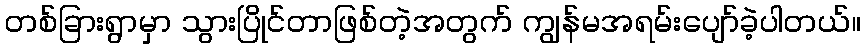
တစ်ခြားရွာမှာ သွားပြိုင်တာဖြစ်တဲ့အတွက် ကျွန်မအရမ်းပျော်ခဲ့ပါတယ်။